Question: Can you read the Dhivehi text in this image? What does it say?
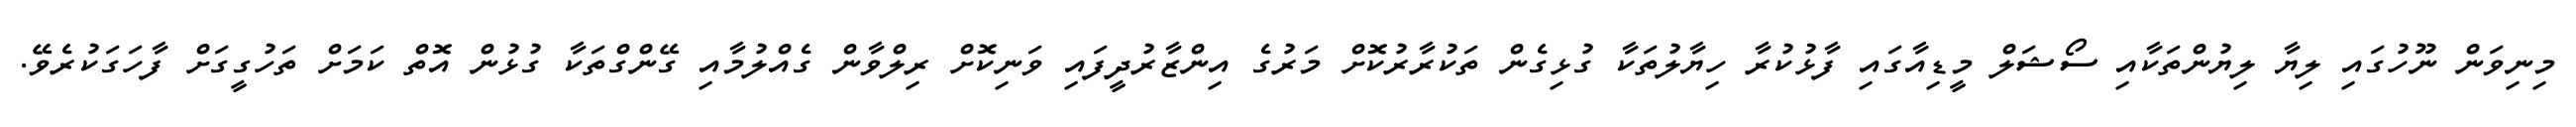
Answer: މިނިވަން ނޫހުގައި ލިޔާ ލިޔުންތަކާއި ސޯޝަލް މީޑިއާގައި ފާޅުކުރާ ހިޔާލުތަކާ ގުޅިގެން ތަކުރާރުކޮށް މަރުގެ އިންޒާރުދީފައި ވަނިކޮށް ރިލްވާން ގެއްލުމާއި ގޭންގްތަކާ ގުޅުން އޮތް ކަމަށް ތަހުގީގަށް ފާހަގަކުރެވޭ.